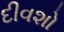
દીવશો